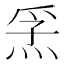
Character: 𭴮